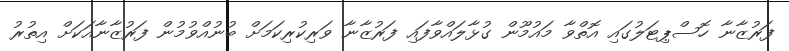
ފަރުޒާނާ ހޮސްޕިޓަލުގައި އޮތްވާ މައުމޫން ގުޅާލައްވާފައި ފަރުޒާނާ ވަރިކުރިކަމަށް ބުނުއްވުމުން ފަރުޒާނާއަކަށް އިތުރު